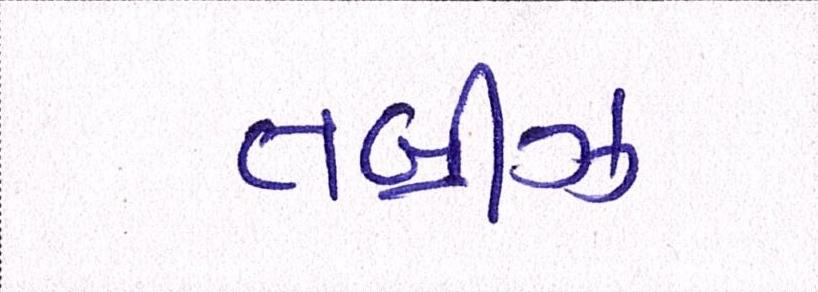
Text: તબ્રીઝ